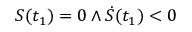
S ( t _ { 1 } ) = 0 \land \dot { S } ( t _ { 1 } ) < 0